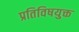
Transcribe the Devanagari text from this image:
प्रतिविषयुक्त